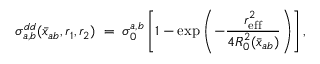
\sigma _ { a , b } ^ { d d } ( \bar { x } _ { a b } , r _ { 1 } , r _ { 2 } ) \; = \; \sigma _ { 0 } ^ { a , b } \left[ 1 - \exp \left( - { \frac { r _ { \mathrm { \small e f f } } ^ { 2 } } { 4 R _ { 0 } ^ { 2 } ( \bar { x } _ { a b } ) } } \right) \right] ,